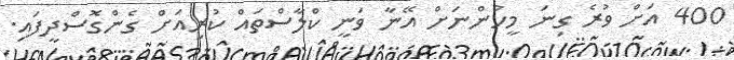
400 އަށް ވުރެ ގިނަ މީހުންނަށް އޭނާ ވަނީ ކްލާސްތައް ކުރިއަށް ގެންގޮސްދީފައި.